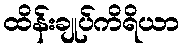
ထိန်းချုပ်ကိရိယာ